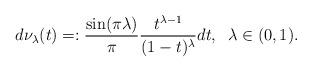
LaTeX: \begin{align*}d\nu_{\lambda}(t)=:\frac{\sin(\pi\lambda)}{\pi}\frac{t^{\lambda-1}}{(1-t)^{\lambda}}dt,\;\; \lambda\in(0,1).\end{align*}